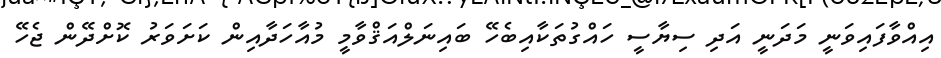
އިއްވާފައިވަނީ މަދަނީ އަދި ސިޔާސީ ހައްގުތަކާއިބެހޭ ބައިނަލްއަޤްވާމީ މުއާހަދާއިން ކަށަވަރު ކޮށްދޭން ޖެހޭ